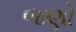
જણો